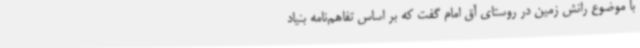
با موضوع رانش زمین در روستای آق امام گفت که بر اساس تفاهم‌نامه بنیاد